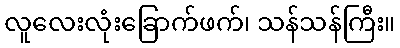
လူလေးလုံးခြောက်ဖက်၊ သန်သန်ကြီး။